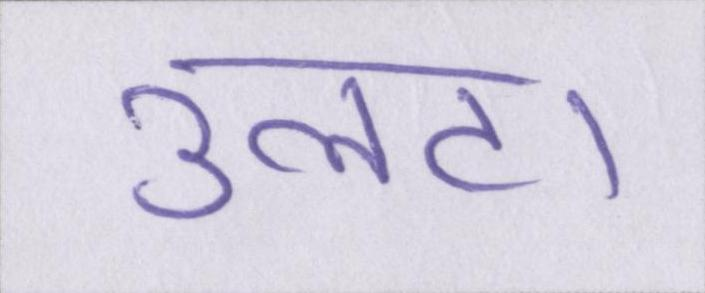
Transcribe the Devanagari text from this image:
उलटा